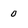
Character: 0